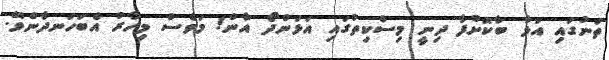
ތަނުގައި އަޅާ ބާކޮށްފާ ދިނީ މިސްކިތުގައި އަޅަންދޯ އާން! މަވެސް މިހާރު އެބަހަނދާންވޭ.